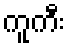
ကူကီး